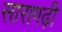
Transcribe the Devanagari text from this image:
सारागढ़ी